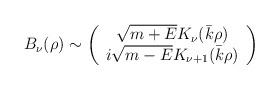
LaTeX: \begin{align*}B_{\nu}(\rho)\sim \left(\begin{array}{c}\sqrt{m+E} K_{\nu}(\bar k\rho)\\i\sqrt{m-E} K_{\nu+1}(\bar k\rho)\end{array}\right)\end{align*}